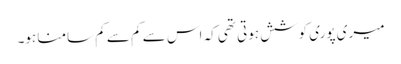
میری پوری کوشش ہوتی تھی کہ اس سے کم سے کم سامنا ہو۔